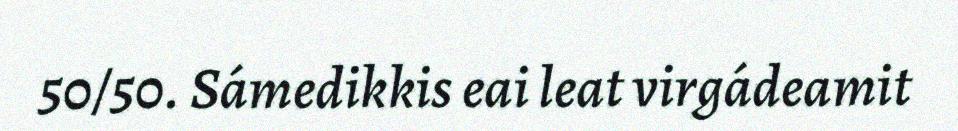
50/50. Sámedikkis eai leat virgádeamit